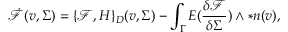
\dot { \mathcal { F } } ( v , \Sigma ) = \{ \mathcal { F } , H \} _ { D } ( v , \Sigma ) - \int _ { \Gamma } E ( \frac { \delta \mathcal { F } } { \delta \Sigma } ) \wedge \ast \boldsymbol { n } ( v ) ,